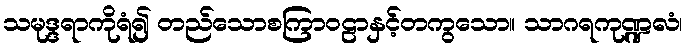
သမုဒ္ဒရာကိုရံ၍ တည်သောစကြာဝဠာနှင့်တကွသော။ သာဂရကုဏ္ဍလံ၊